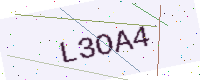
Text: L3OA4